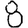
Digit: 8